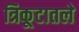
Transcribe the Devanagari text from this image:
त्रिकूटातले